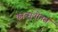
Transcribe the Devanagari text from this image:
कात्सूवोनस